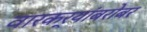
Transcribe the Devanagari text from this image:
वारकर्‍यांबरोबर